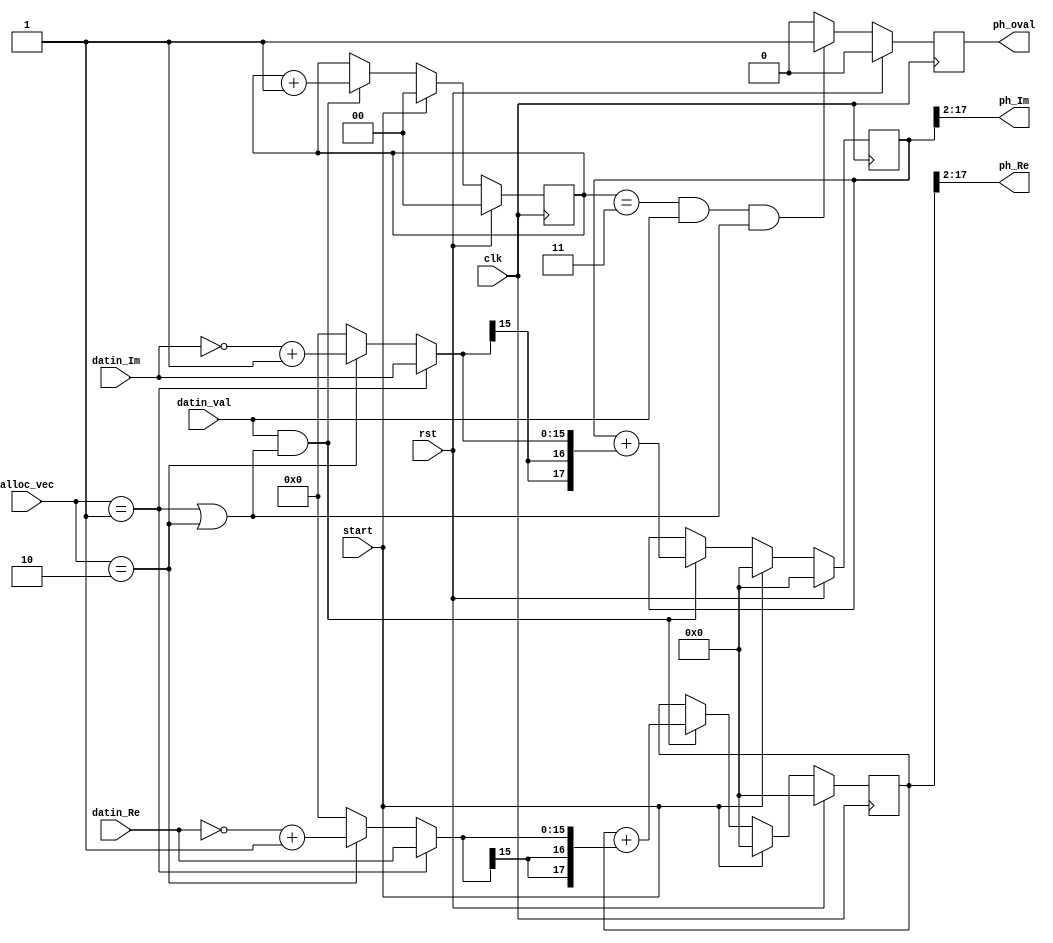
`timescale 1ns / 1ps
//////////////////////////////////////////////////////////////////////////////////
// Company: 
// Engineer: 
// 
// Design Name: 
// Module Name:    Ph_Est 
// Project Name: 
// Target Devices: 
// Tool versions: 
// Description: 
//
// Dependencies: 
//
// Revision: 
// Revision 0.01 - File Created
// Additional Comments: 
//
//////////////////////////////////////////////////////////////////////////////////
module PhTrack_Est(
	input 		 clk, rst, start, datin_val,
	input [15:0] datin_Re,		//Q 3.13		(Q10.6)
	input [15:0] datin_Im,		//Q 3.13		(Q10.6)
	input	[1:0]	 alloc_vec,
	output[15:0] ph_Re,		 
	output[15:0] ph_Im,
	output reg	 ph_oval
    );
wire P_pos = (alloc_vec == 2'b01);		// positve pilot
wire P_neg = (alloc_vec == 2'b10);		// negative pilot
wire [15:0] Pdiff_Re = (P_pos)? datin_Re :(P_neg)? (~datin_Re +1'b1): 16'd0; //different phase between transmitted and received pilots
wire [15:0] Pdiff_Im = (P_pos)? datin_Im :(P_neg)? (~datin_Im +1'b1): 16'd0;

reg [17:0] Pacc_Re, Pacc_Im;

always @(posedge clk) begin
	if (rst)					begin	Pacc_Re <= 18'd0;
										Pacc_Im <= 18'd0;
								end
	else if (start)		begin	Pacc_Re <= 18'd0;
										Pacc_Im <= 18'd0;
								end
	else if (datin_val &(P_pos|P_neg))	begin	Pacc_Re <= Pacc_Re + {{2{Pdiff_Re[15]}},Pdiff_Re};
															Pacc_Im <= Pacc_Im + {{2{Pdiff_Im[15]}},Pdiff_Im};
								end
end

reg [1:0] P_cnt;
always @(posedge clk) begin
	if (rst)	 									P_cnt <= 2'b0;
	else if (start)							P_cnt <= 2'b0;
	else if (datin_val &(P_pos|P_neg))	P_cnt <= P_cnt + 1'b1;
end

always @(posedge clk) begin
	if (rst)	 															ph_oval <= 1'b0;
	else if ((P_cnt == 2'b11)& datin_val &(P_pos|P_neg))	ph_oval <= 1'b1;
	else																	ph_oval <= 1'b0;
end

assign ph_Re		= Pacc_Re[17:2];		//Q3.13; (Q10.6)
assign ph_Im		= Pacc_Im[17:2];		//Q3.13; (Q10.6)

endmodule